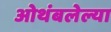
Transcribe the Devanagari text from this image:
ओथंबलेल्या